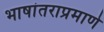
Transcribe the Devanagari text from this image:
भाषांतराप्रमाणे